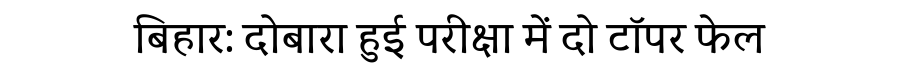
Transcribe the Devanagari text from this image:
बिहार: दोबारा हुई परीक्षा में दो टॉपर फेल